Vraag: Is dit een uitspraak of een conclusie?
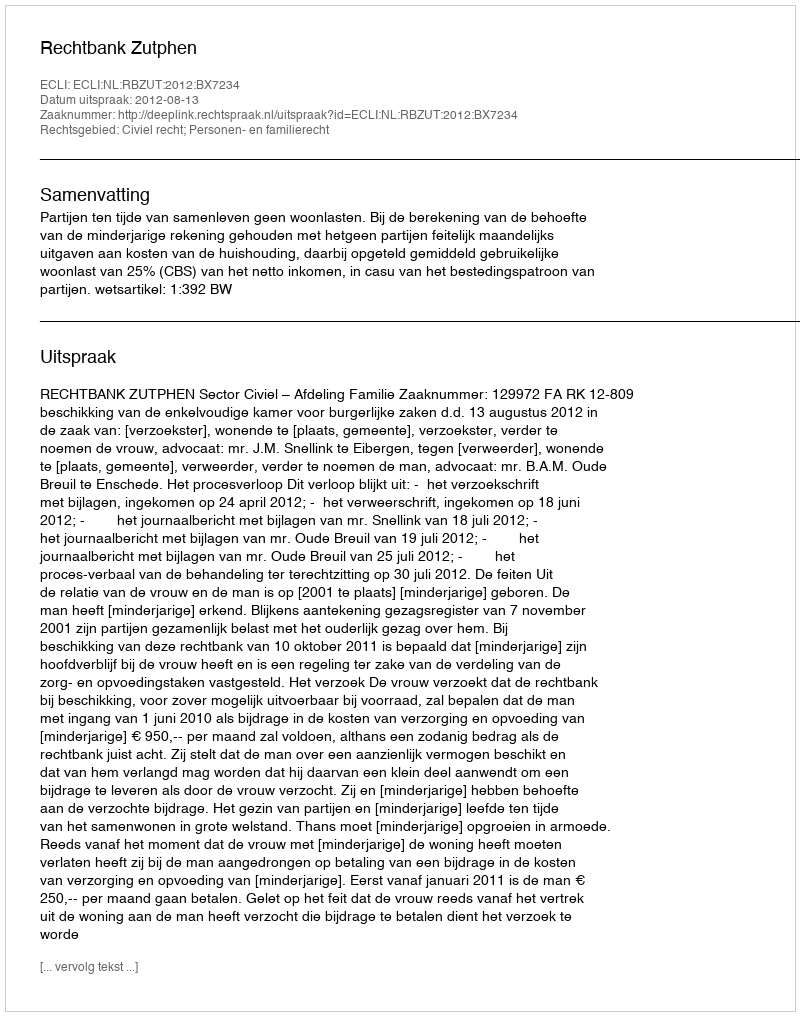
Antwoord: Uitspraak